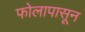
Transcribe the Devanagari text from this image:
फोलापासून